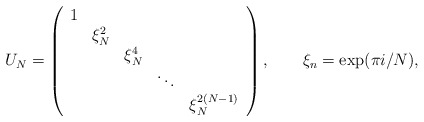
\begin{align*}U_N =\left(\begin{array}{ccccc} 1 & & & & \\& \xi_N^2 & & & \\& & \xi_N^4 & & \\ & & & \ddots & \\& & & & \xi_N^{2(N-1)}\end{array}\right), \ \ \ \ \ \ \xi_n =\exp(\pi i /N),\end{align*}